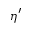
\eta ^ { \prime }